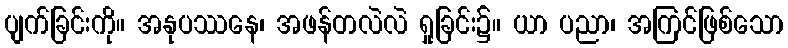
ပျက်ခြင်းကို။ အနုပဿနေ၊ အဖန်တလဲလဲ ရှုခြင်း၌။ ယာ ပညာ၊ အကြင်ဖြစ်သော